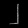
Digit: ၂